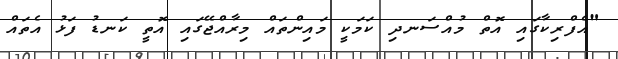
"އެފްރިކާގައި އޮތް މުއްސަނދި ކަމަކީ މައިންތައް މިރާއްޖޭގައި އޮތީ ކަނޑު ފަޅު އެތައް